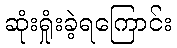
ဆုံးရှုံးခဲ့ရကြောင်း